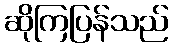
ဆိုကြပြန်သည်